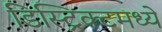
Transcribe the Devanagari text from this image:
डिस्ट्रिक्टमध्ये